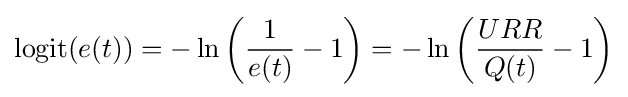
\operatorname {logit} (e(t))=-\ln \left({\frac {1}{e(t)}}-1\right)=-\ln \left({\frac {URR}{Q(t)}}-1\right)